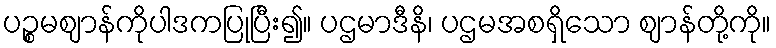
ပဉ္စမဈာန်ကိုပါဒကပြုပြီး၍။ ပဌမာဒီနိ၊ ပဌမအစရှိသော ဈာန်တို့ကို။